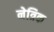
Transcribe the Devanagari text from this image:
नेत्रिक